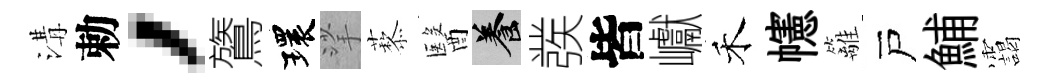
溝勅，鷟環挲藜醫養彂皆巘禾幰籬戸鯆靄